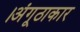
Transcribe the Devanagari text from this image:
।अंगूठाकार